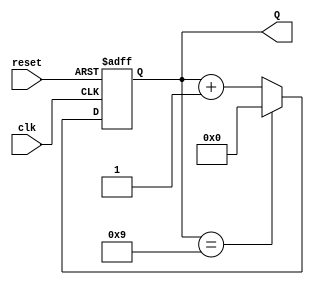
module decade_counter (
    input wire clk,        // Clock input
    input wire reset,      // Asynchronous reset input
    output reg [3:0] Q     // 4-bit output count
);

// Always block for synchronous logic
always @(posedge clk or posedge reset) begin
    if (reset) begin
        // Asynchronous reset
        Q <= 4'b0000;     // Reset count to 0
    end else begin
        // Count logic
        if (Q == 4'b1001) begin
            Q <= 4'b0000; // Reset to 0 when count reaches 9
        end else begin
            Q <= Q + 1;   // Increment count
        end
    end
end

endmodule